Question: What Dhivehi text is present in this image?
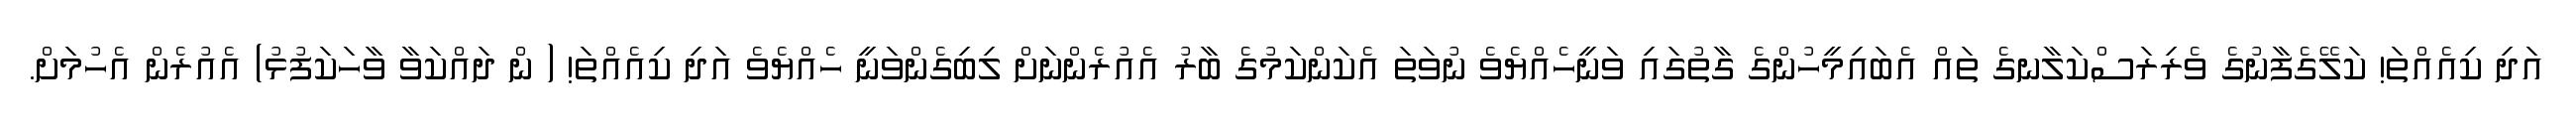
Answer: އަދި ކިއެއްތަ! ކަލޭގެފާނުގެ ވެރިރަސްކަލާނގެ ތައް އެބައިމީހުންގެ ގާތުގައި ވަނީހެއްޔެވެ ނުވަތަ އެކަންކަމުގެ ބާރު އެއުރެންނަށް ލިބިގެންވަނީ ހެއްޔެވެ އަދި ކިއެއްތަ! ( ން ދައްކަވާ ވާހަކަފުޅު) އެއުރެން އެހުމަށް.